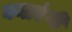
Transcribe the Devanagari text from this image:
बनाएंगी